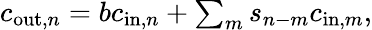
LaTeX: \begin{array}{r}{c_{\mathrm{out},n}=bc_{\mathrm{in},n}+\sum_{m}s_{n-m}c_{\mathrm{in},m},}\end{array}